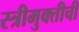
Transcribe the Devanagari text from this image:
स्त्रीमुक्तीची